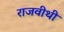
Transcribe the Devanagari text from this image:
राजवीथी